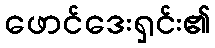
ဖောင်ဒေးရှင်း၏